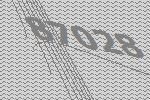
87028